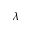
\lambda